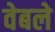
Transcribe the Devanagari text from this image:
वेबले